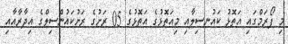
މި ފޯރަމްގައި އަތޮޅު ކައުނސިލާއި މިއަތޮޅުގެ އަތޮޅުގެ 05 ރަށުގެ ރަށުކައުންސިލްގެ އިދާރާއާއި